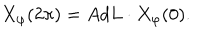
X _ { \varphi } ( 2 \pi ) = A d L \cdot X _ { \varphi } ( 0 ) .